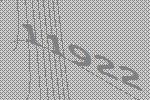
11922